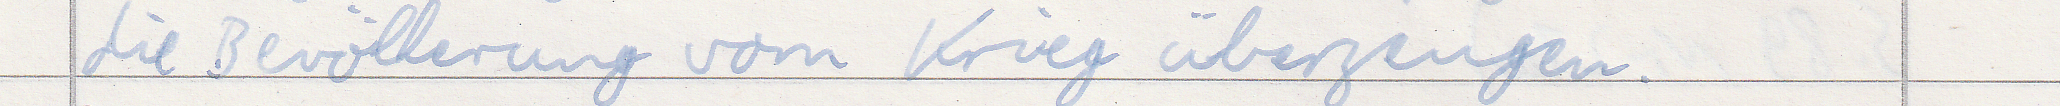
die Bevölkerung vom Krieg überzeugen.